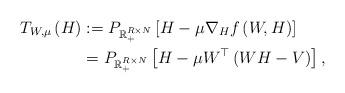
LaTeX: \begin{align*}T_{W,\mu} \left(H \right) &:= P_{\mathbb{R}_+^{R \times N}} \left[ H - \mu \nabla_H f \left( W, H\right) \right]\\&= P_{\mathbb{R}_+^{R \times N}} \left[ H - \mu W^\top \left( WH - V\right) \right],\end{align*}